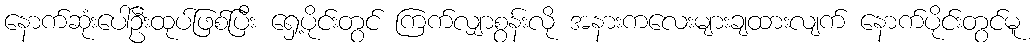
နောက်ဆုံးပေါ်ဦးထုပ်ဖြစ်ပြီး ရှေ့ပိုင်းတွင် ကြက်လျှာစွန်းလို အနားကလေးများချထားလျက် နောက်ပိုင်းတွင်မူ